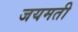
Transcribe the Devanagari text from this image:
जयमती